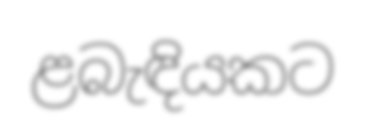
ළබැඳියකට